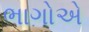
ભાગોએ